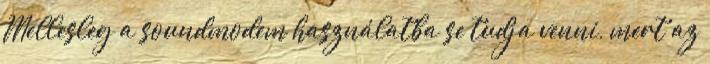
Mellesleg a soundmodem használatba se tudja venni, mert az